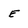
Character: E